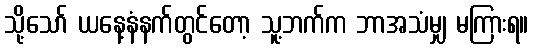
သို့သော် ယနေ့နံနက်တွင်တော့ သူ့ဘက်က ဘာအသံမျှ မကြားရ။